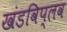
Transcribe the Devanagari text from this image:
खंडविप्लव